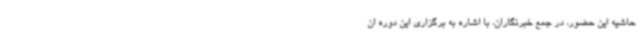
حاشیه این حضور، در جمع خبرنگاران، با اشاره به برگزاری این دوره ان